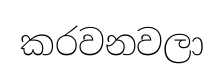
කරවනවලා